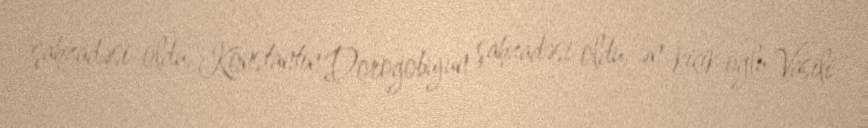
şahzadəsi oldu, Konstantin Dorogobujun şahzadəsi oldu, ən kiçik oğlu Vasili